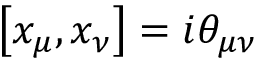
\left[ x _ { \mu } , x _ { \nu } \right] = i \theta _ { \mu \nu }